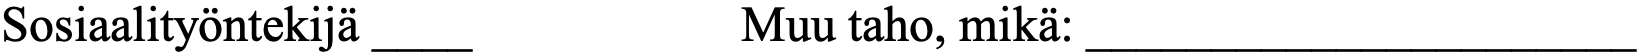
Sosiaalityöntekijä ____  Muu taho, mikä: ______________________